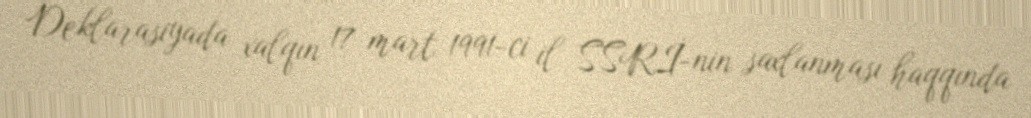
Deklarasiyada xalqın 17 mart 1991-ci il SSRİ-nin saxlanması haqqında